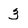
Character: 3